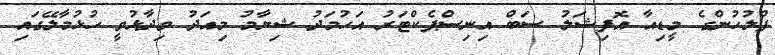
ފުލުހުންގެ މީޑިއާ އޮފިޝަލު ސަބް އިނިސްޕެކްޓަރު އަހުމަދު ޝިޔާމު މިއަދު ވިދާޅުވީ ހުޅުމާލޭގައި